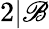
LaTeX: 2|\mathscr{B}